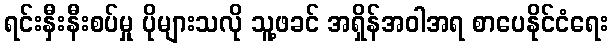
ရင်းနှီးနီးစပ်မှု ပိုများသလို သူ့ဖခင် အရှိန်အဝါအရ စာပေနိုင်ငံရေး